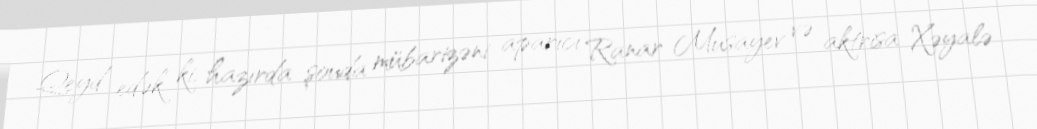
Qeyd edək ki, hazırda şouda mübarizəni aparıcı Ranar Musayev və aktrisa Xəyalə